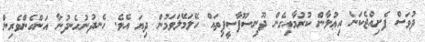
ދުވަސް ފެށިއްޖެކަން އިޢުލާން ކުރުމާއިގެން ދޫނިސޫފާސީފިތައް ހޭލަމޭލަވަމުން ދިޔަ އެވެ. ހެނދުނުހެނދުނާ އަންހެންވެރިން